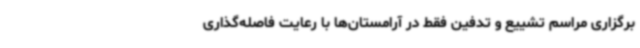
برگزاری مراسم تشییع و تدفین فقط در آرامستان‌ها با رعایت فاصله‌گذاری